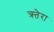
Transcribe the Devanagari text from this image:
क्र्तेरा